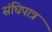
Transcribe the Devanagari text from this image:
संधिपात्र